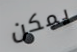
يمكن